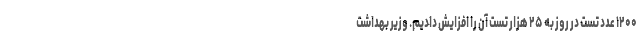
۱۲۰۰ عدد تست در روز به ۲۵ هزار تست آن را افزایش دادیم. وزیر بهداشت